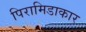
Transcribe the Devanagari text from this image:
पिरामिडाकार